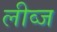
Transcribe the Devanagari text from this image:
लीव्ज